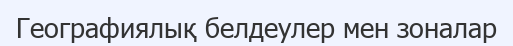
Географиялық белдеулер мен зоналар